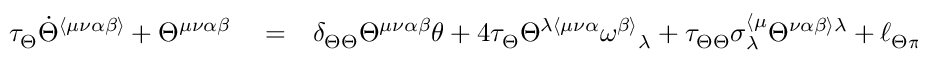
\begin{array} { r l r } { \tau _ { \Theta } \dot { \Theta } ^ { \langle \mu \nu \alpha \beta \rangle } + \Theta ^ { \mu \nu \alpha \beta } } & { { } = } & { \delta _ { \Theta \Theta } \Theta ^ { \mu \nu \alpha \beta } \theta + 4 \tau _ { \Theta } \Theta ^ { \lambda \langle \mu \nu \alpha } \omega ^ { \beta \rangle } { } _ { \lambda } + \tau _ { \Theta \Theta } \sigma _ { \lambda } ^ { \langle \mu } \Theta ^ { \nu \alpha \beta \rangle \lambda } + \ell _ { \Theta \pi } \sigma ^ { \langle \mu \nu } \pi ^ { \alpha \beta \rangle } + } \end{array}